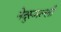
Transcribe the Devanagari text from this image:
नेदुरूमल्ली